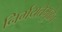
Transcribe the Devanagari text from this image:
निर्भयतेमुळेच